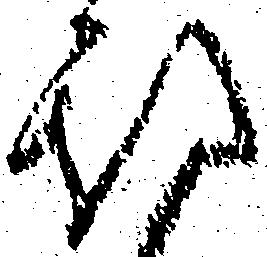
期